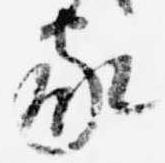
家